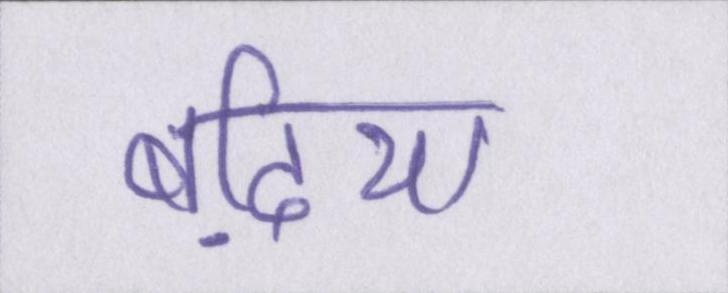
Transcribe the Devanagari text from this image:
बढि़या